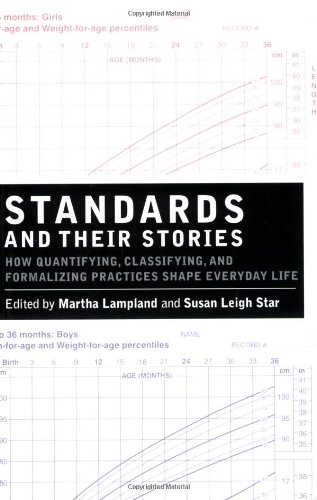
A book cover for Standards and Their Stories: How Quantifying, Classifying, and Formalizing Practices Shape Everyday Life (Cornell Paperbacks); Science & Math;